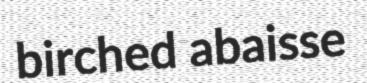
birched abaisse